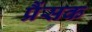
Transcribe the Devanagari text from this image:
प्रैंसक